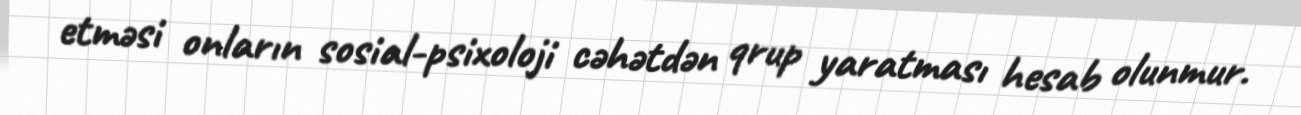
etməsi onların sosial-psixoloji cəhətdən qrup yaratması hesab olunmur.